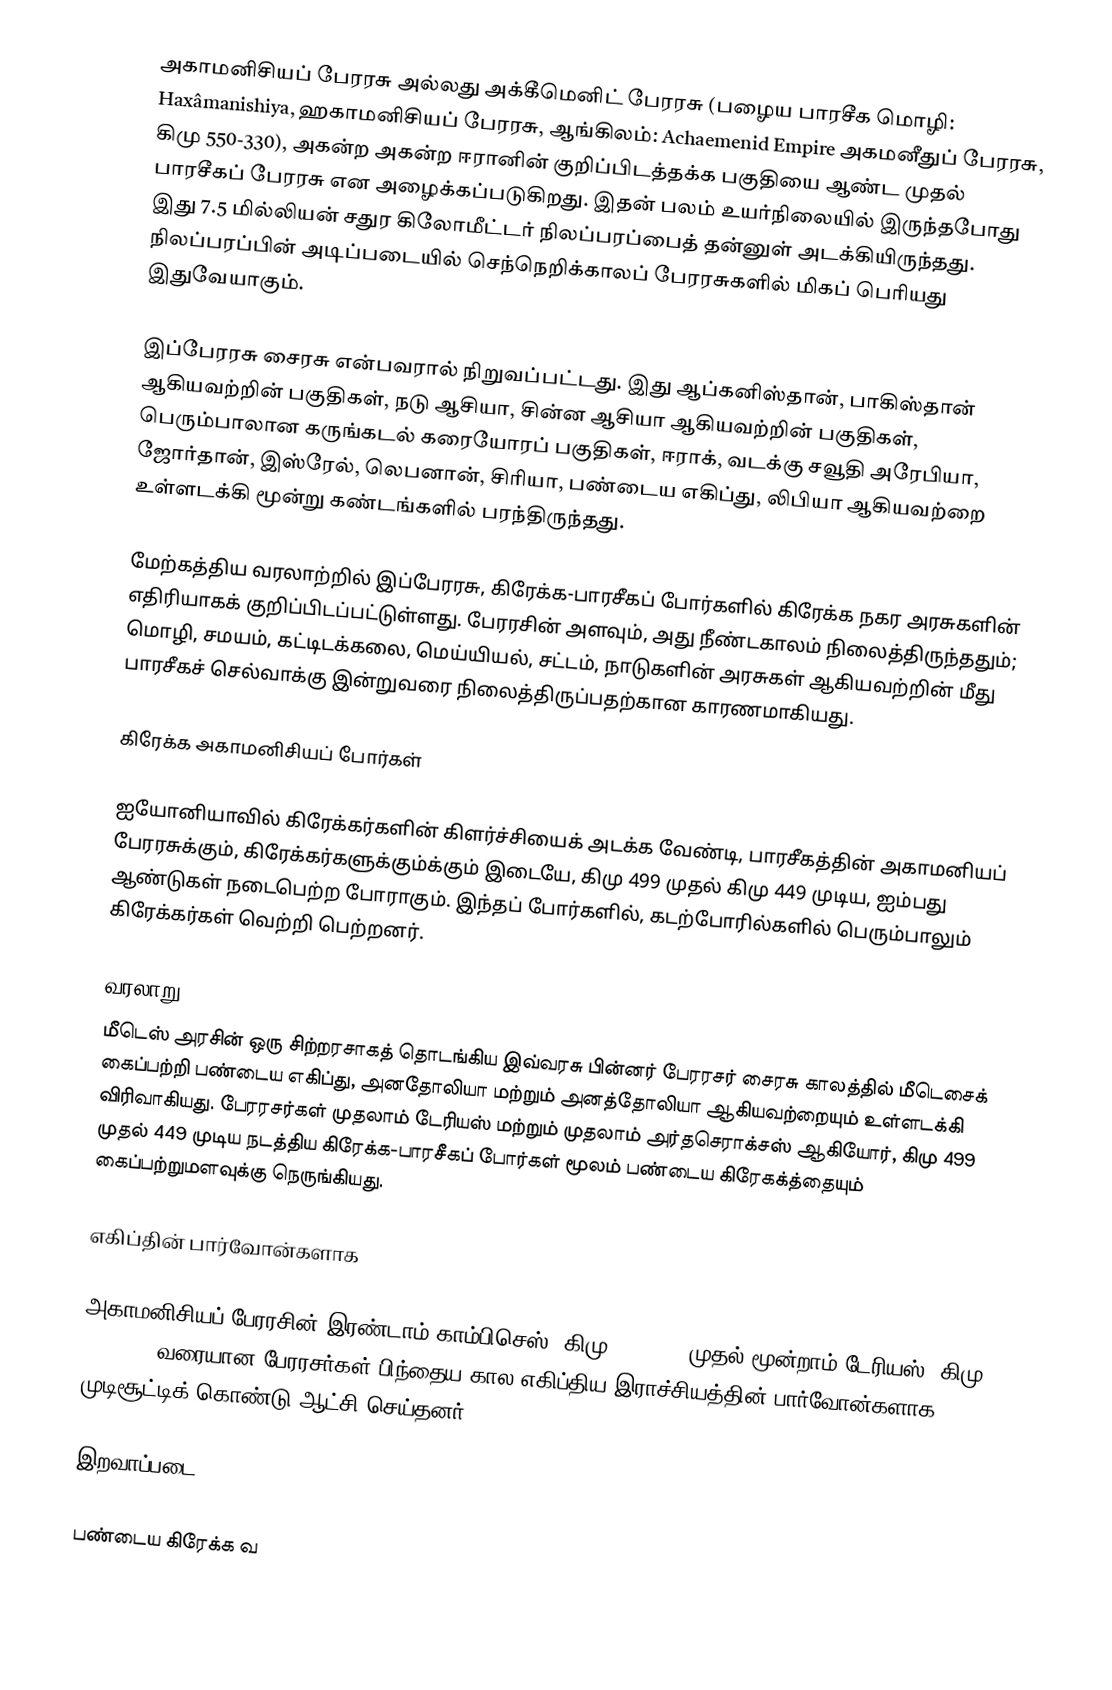
அகாமனிசியப் பேரரசு அல்லது அக்கீமெனிட் பேரரசு (பழைய பாரசீக மொழி: Haxâmanishiya,  ஹகாமனிசியப் பேரரசு, ஆங்கிலம்: Achaemenid Empire அகமனீதுப் பேரரசு, கிமு 550-330), அகன்ற அகன்ற ஈரானின் குறிப்பிடத்தக்க பகுதியை ஆண்ட முதல் பாரசீகப் பேரரசு என அழைக்கப்படுகிறது.  இதன் பலம் உயர்நிலையில் இருந்தபோது இது 7.5 மில்லியன் சதுர கிலோமீட்டர் நிலப்பரப்பைத் தன்னுள் அடக்கியிருந்தது. நிலப்பரப்பின் அடிப்படையில் செந்நெறிக்காலப் பேரரசுகளில் மிகப் பெரியது இதுவேயாகும்.

இப்பேரரசு சைரசு என்பவரால் நிறுவப்பட்டது. இது ஆப்கனிஸ்தான், பாகிஸ்தான் ஆகியவற்றின் பகுதிகள், நடு ஆசியா, சின்ன ஆசியா ஆகியவற்றின் பகுதிகள், பெரும்பாலான கருங்கடல் கரையோரப் பகுதிகள், ஈராக், வடக்கு சவூதி அரேபியா, ஜோர்தான், இஸ்ரேல், லெபனான், சிரியா, பண்டைய எகிப்து, லிபியா ஆகியவற்றை உள்ளடக்கி மூன்று கண்டங்களில் பரந்திருந்தது.

மேற்கத்திய வரலாற்றில் இப்பேரரசு, கிரேக்க-பாரசீகப் போர்களில் கிரேக்க நகர அரசுகளின் எதிரியாகக் குறிப்பிடப்பட்டுள்ளது. பேரரசின் அளவும், அது நீண்டகாலம் நிலைத்திருந்ததும்; மொழி, சமயம், கட்டிடக்கலை, மெய்யியல், சட்டம், நாடுகளின் அரசுகள் ஆகியவற்றின் மீது பாரசீகச் செல்வாக்கு இன்றுவரை நிலைத்திருப்பதற்கான காரணமாகியது.

கிரேக்க அகாமனிசியப் போர்கள்

ஐயோனியாவில் கிரேக்கர்களின் கிளர்ச்சியைக் அடக்க வேண்டி,  பாரசீகத்தின்  அகாமனியப் பேரரசுக்கும், கிரேக்கர்களுக்கும்க்கும் இடையே, கிமு 499 முதல் கிமு 449 முடிய, ஐம்பது ஆண்டுகள் நடைபெற்ற போராகும். இந்தப் போர்களில், கடற்போரில்களில் பெரும்பாலும் கிரேக்கர்கள் வெற்றி பெற்றனர்.

வரலாறு
மீடெஸ் அரசின் ஒரு சிற்றரசாகத் தொடங்கிய இவ்வரசு பின்னர்  பேரரசர் சைரசு காலத்தில்  மீடெசைக் கைப்பற்றி பண்டைய எகிப்து, அனதோலியா மற்றும் அனத்தோலியா ஆகியவற்றையும் உள்ளடக்கி விரிவாகியது. பேரரசர்கள் முதலாம் டேரியஸ் மற்றும் முதலாம் அர்தசெராக்சஸ் ஆகியோர், கிமு 499 முதல் 449 முடிய  நடத்திய கிரேக்க-பாரசீகப் போர்கள் மூலம் பண்டைய கிரேகக்த்தையும் கைப்பற்றுமளவுக்கு நெருங்கியது.

எகிப்தின் பார்வோன்களாக

அகாமனிசியப் பேரரசின் இரண்டாம் காம்பிசெஸ் (கிமு 530–522) முதல் மூன்றாம் டேரியஸ் (கிமு 336–330) வரையான பேரரசர்கள் பிந்தைய கால எகிப்திய இராச்சியத்தின் பார்வோன்களாக முடிசூட்டிக் கொண்டு ஆட்சி செய்தனர்.

இறவாப்படை

பண்டைய கிரேக்க வ